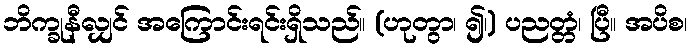
ဘိက္ခုနီလျှင် အကြောင်းရင်းရှိသည်။ (ဟုတွာ၊ ၍၊) ပညတ္တံ၊ ပြီ။ အပိစ၊